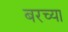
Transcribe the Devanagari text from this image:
बरच्या